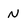
Character: N